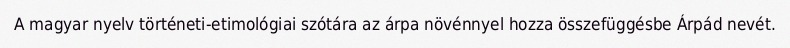
A magyar nyelv történeti-etimológiai szótára az árpa növénnyel hozza összefüggésbe Árpád nevét.